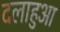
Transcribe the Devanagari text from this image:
दलाहुआ